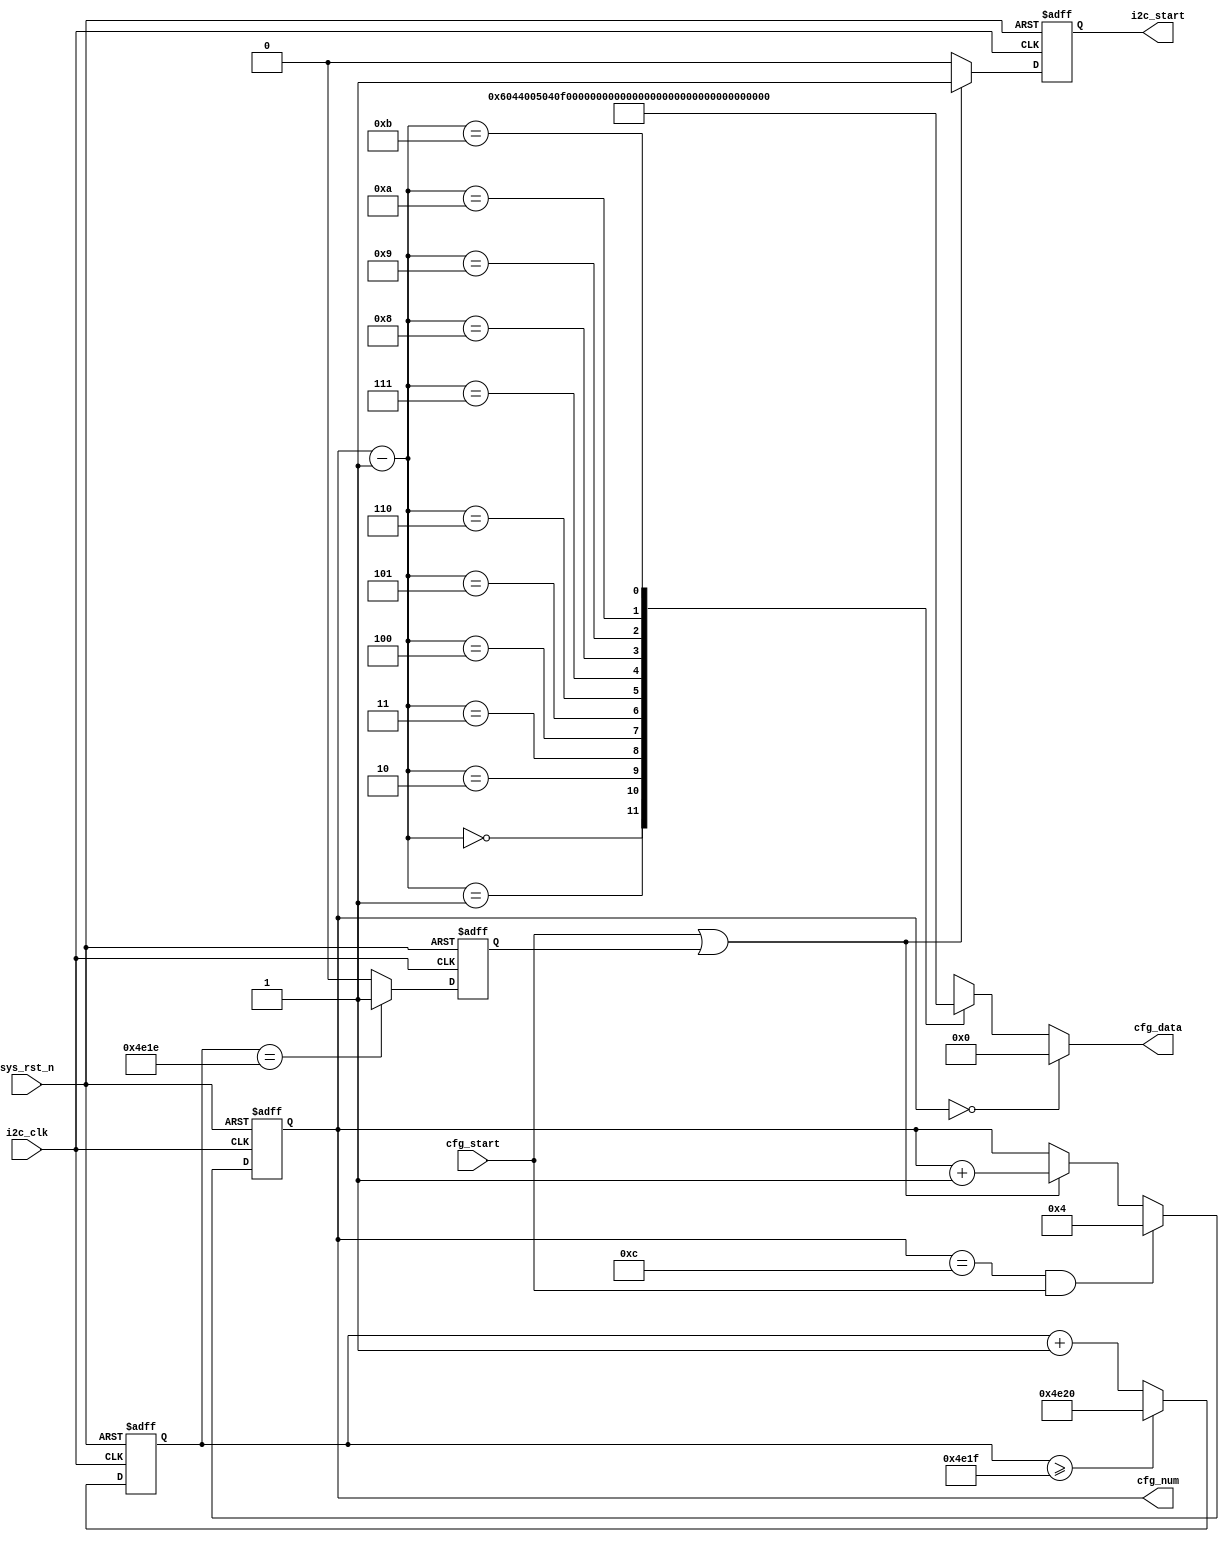
module  cls381_cfg_ctrl
(
	input	wire			i2c_clk		,	//i2c_ctrl
	input	wire			sys_rst_n	,
	input	wire			cfg_start	,	//cfg_ctrli2c_ctrl
	
	output	wire	[15:0]	cfg_data	,	//
	output	reg		[3:0]	cfg_num		,	//
	output	reg				i2c_start		//i2c_ctrl
);

localparam	CNT_WAIT_MAX  =  15'd20_000  ;	//20ms

reg		[14:0]	cnt_wait		;		//20ms
reg				i2c_start_reg	;		//i2c_start
wire	[15:0]	cfg_data_reg[11:0]	;	//

always@(posedge i2c_clk or negedge sys_rst_n)
	if(sys_rst_n == 1'b0)
		cnt_wait  <=  15'd0  ;
	else  if(cnt_wait >= CNT_WAIT_MAX - 1'b1)
		cnt_wait  <=  CNT_WAIT_MAX  ;
	else
		cnt_wait  <=  cnt_wait + 1'b1  ;

always@(posedge i2c_clk or negedge sys_rst_n)
	if(sys_rst_n == 1'b0)
		i2c_start_reg  <=  1'b0  ;
	else  if(cnt_wait == CNT_WAIT_MAX - 2'd2)
		i2c_start_reg  <=  1'b1  ;
	else
		i2c_start_reg  <=  1'b0  ;
		
always@(posedge i2c_clk or negedge sys_rst_n)
	if(sys_rst_n == 1'b0)
		cfg_num  <=  4'd0  ;
	else  if((cfg_num == 4'd12)&&(cfg_start == 1'b1))
		cfg_num  <=  4'd4  ;
	else  if((cfg_start == 1'b1)||(i2c_start_reg == 1'b1))
		cfg_num  <=  cfg_num + 1'b1  ;
	else
		cfg_num  <=  cfg_num  ;
	
always@(posedge i2c_clk or negedge sys_rst_n)
	if(sys_rst_n == 1'b0)	
		i2c_start  <=  1'b0  ;
	else  if((cfg_start == 1'b1)||(i2c_start_reg == 1'b1))	
		i2c_start  <=  1'b1  ;
	else
		i2c_start  <=  1'b0  ;

assign  cfg_data = (cfg_num == 4'd0) ? 16'd0 : cfg_data_reg[cfg_num - 1]  ;
assign  cfg_data_reg[00]  =  {8'h00,8'b0000_0110}  ;
assign  cfg_data_reg[01]  =  {8'h04,8'b0100_0000}  ;
assign  cfg_data_reg[02]  =  {8'h05,8'b0000_0100}  ;
assign  cfg_data_reg[03]  =  {8'h0F,8'h0}  ;
assign  cfg_data_reg[04]  =  {8'h0E,8'h0}  ;
assign  cfg_data_reg[05]  =  {8'h0D,8'h0}  ;
assign  cfg_data_reg[06]  =  {8'h12,8'h0}  ;
assign  cfg_data_reg[07]  =  {8'h11,8'h0}  ;
assign  cfg_data_reg[08]  =  {8'h10,8'h0}  ;
assign  cfg_data_reg[09]  =  {8'h15,8'h0}  ;
assign  cfg_data_reg[10]  =  {8'h14,8'h0}  ;
assign  cfg_data_reg[11]  =  {8'h13,8'h0}  ;

endmodule